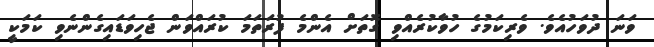
ވަނަ ދުވަހުއެވެ. ވެރިކަމުގެ ހުވާކުރެއްވި ގޮތަށް އެންމެ ފުރަތަމަ ކުރައްވަން ޖެހިވަޑައިގެންނެވި ކަމަކީ